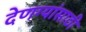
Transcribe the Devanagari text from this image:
देणग्यांसाठी